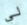
لي